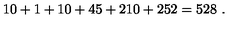
1 0 + 1 + 1 0 + 4 5 + 2 1 0 + 2 5 2 = 5 2 8 \ .